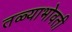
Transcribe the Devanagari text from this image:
तळ्याभोवती